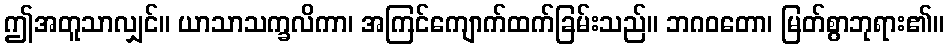
ဤအတူသာလျှင်။ ယာသာသက္ခလိကာ၊ အကြင်ကျောက်ထက်ခြမ်းသည်။ ဘဂဝတော၊ မြတ်စွာဘုရား၏။